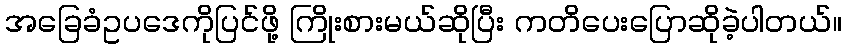
အခြေခံဥပဒေကိုပြင်ဖို့ ကြိုးစားမယ်ဆိုပြီး ကတိပေးပြောဆိုခဲ့ပါတယ်။